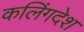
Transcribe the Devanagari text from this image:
कलिंगदेश